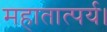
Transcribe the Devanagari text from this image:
महातात्पर्य।